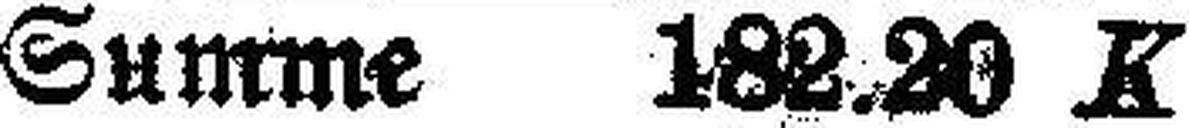
Summe 182.20 K